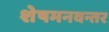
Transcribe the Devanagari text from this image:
शेषमनवन्तर